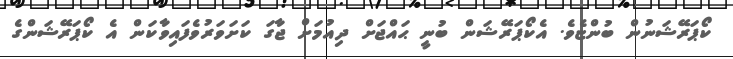
ކޯޕަރޭޝަނުން ބުންޏެވެ. އެކޯޕަރޭޝަން ބުނީ ޙައްޖަށް ދިއުމަށް ޖާގަ ކަށަވަރުވެފައިވާކަން އެ ކޯޕަރޭޝަންގެ